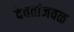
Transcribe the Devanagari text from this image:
देवतांजवळ